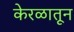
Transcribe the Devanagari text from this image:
केरळातून